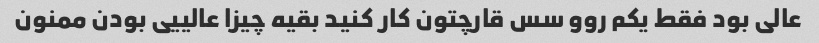
عالی بود فقط یکم روو سس قارچتون کار کنید بقیه چیزا عالییی بودن ممنون